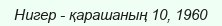
Нигер - қарашаның 10, 1960